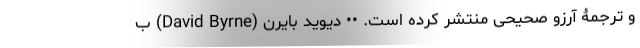
و ترجمۀ آرزو صحیحی منتشر کرده است. •• دیوید بایرن (David Byrne) ب